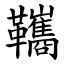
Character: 䪎